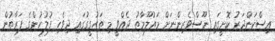
އިސްކަންދަރު ކޮށީގައި ނޫސްވެރިންނަށް މައުލޫމާތު ދެއްވީ މި ތަހުގީގުގައި ދިވެހި ފުލުހުންގެ ފަރާތުން